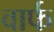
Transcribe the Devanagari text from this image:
वार्फ